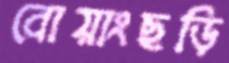
বোয়াংছড়ি